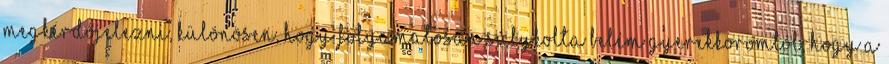
megkérdőjelezni, különösen, hogy folyamatosan súlykolta belém gyerekkoromtól, hogy a